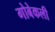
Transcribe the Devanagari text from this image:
गोबेकली